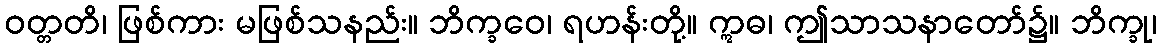
ဝတ္တတိ၊ ဖြစ်ကား မဖြစ်သနည်း။ ဘိက္ခဝေ၊ ရဟန်းတို့။ ဣဓ၊ ဤသာသနာတော်၌။ ဘိက္ခု၊